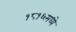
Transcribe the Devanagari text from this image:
१८१६मध्ये